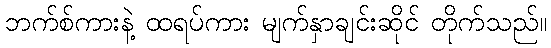
ဘက်စ်ကားနဲ့ ထရပ်ကား မျက်နှာချင်းဆိုင် တိုက်သည်။